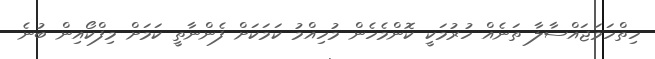
ހިތްހަމަޖައްސާލާ ތަނެއް ހުރުމަކީ ކޮންމެހެން މުހިއްމު ކަމަކަށް ފެންނާތީ ކަމަށް މިފްކޯއިން ބުނެ